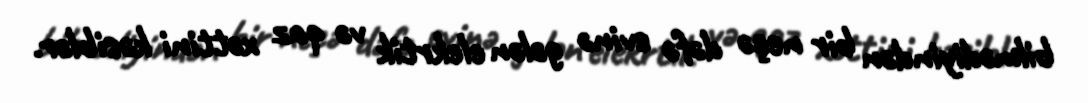
bilmədiyindən bir neçə dəfə evinə gələn elekrtik və qaz xəttini kəsiblər.